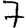
Digit: 7